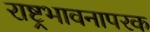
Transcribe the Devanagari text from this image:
राष्ट्रभावनापरक